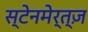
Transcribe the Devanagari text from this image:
स्टेनमेर्त्ज़